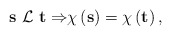
\begin{align*}{\bf s\ }{\cal L\ }{\bf t\Rightarrow }\chi \left( {\bf s}\right)=\chi \left( {\bf t}\right) ,\end{align*}